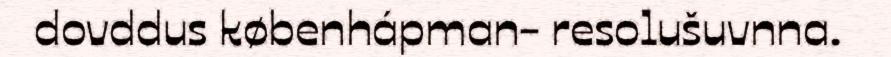
dovddus københápman- resolušuvnna.